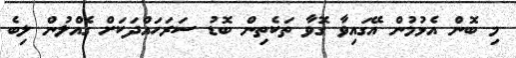
މި ބޮން އެޅުމުން އޭގައިވާ ގޮވާ ތަކެތިން ބޮޑު ސަރަހައްދަކަށް ގެއްލުން ލިބެ